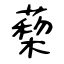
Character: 蔾